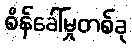
စိန်ခေါ်မှုတစ်ခု